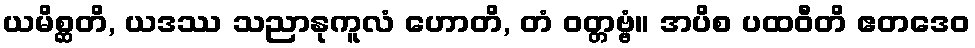
ယမိစ္ဆတိ, ယဒဿ သညာနုကူလံ ဟောတိ, တံ ဝတ္တဗ္ဗံ။ အပိစ ပထဝီတိ ဧတဒေဝ